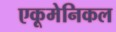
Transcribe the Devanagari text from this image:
एकूमेनिकल